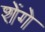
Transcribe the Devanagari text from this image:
शेंगे